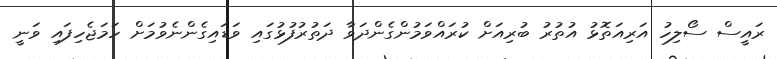
ރައީސް ސޯލިހު އަރިއަތޮޅު އުތުރު ބުރިއަށް ކުރައްވަމުންގެންދަވާ ދަތުރުފުޅުގައި ވަޑައިގެންނެވުމަށް ހަމަޖެހިފައި ވަނީ